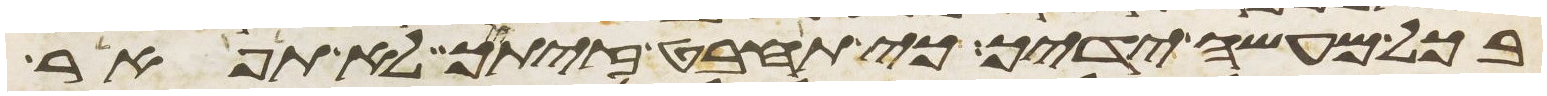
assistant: בכל מעשה ידיך כי תחבט זיתך לא תפאר